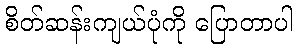
စိတ်ဆန်းကျယ်ပုံကို ပြောတာပါ